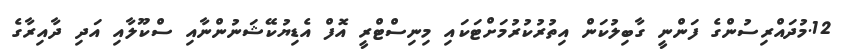
12.މުދައްރިސުންގެ ފަންނީ ގާބިލުކަން އިތުރުކުރުމަށްޓަކައި މިނިސްޓްރީ އޮފް އެޑިޔުކޭޝަނުންނާއި ސްކޫލާއި އަދި ދާއިރާގެ